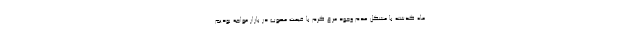
ماه گذشته با مشکل عدم وجود مرغ گرم با قیمت مصوب در بازار مواجه بودیم